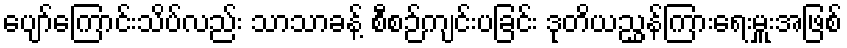
ပျော်ကြောင်းသိပ်လည်း သာသာခန့် စီစဉ်ကျင်းပခြင်း ဒုတိယညွှန်ကြားရေးမှူးအဖြစ်